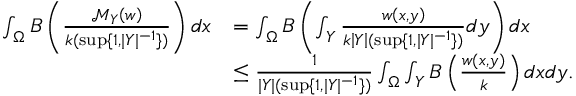
\begin{array} { r l } { \int _ { \Omega } B \left( \frac { \mathcal { M } _ { Y } \left( w \right) } { k ( \operatorname* { s u p } \{ 1 , | Y | ^ { - 1 } \} ) } \right) d x } & { = \int _ { \Omega } B \left( \int _ { Y } \frac { w \left( x , y \right) } { k \left\vert Y \right\vert ( \operatorname* { s u p } \{ 1 , | Y | ^ { - 1 } \} ) } d y \right) d x } \\ & { \leq \frac { 1 } { | Y | ( \operatorname* { s u p } \{ 1 , | Y | ^ { - 1 } \} ) } \int _ { \Omega } \int _ { Y } B \left( \frac { w \left( x , y \right) } { k } \right) d x d y . } \end{array}